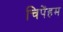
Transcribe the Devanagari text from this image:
चिपेंहम